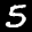
Label: 5